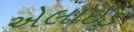
એલાઈડ